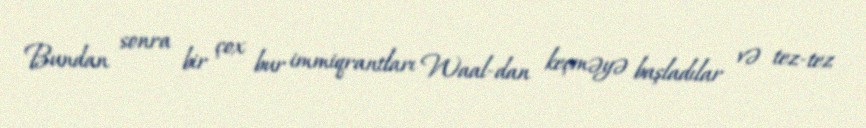
Bundan sonra bir çox bur immiqrantları Waal-dan keçməyə başladılar və tez-tez